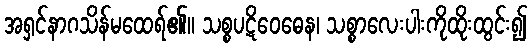
အရှင်နာဂသိန်မထေရ်၏။ သစ္စပဋိဝေဓေန၊ သစ္စာလေးပါးကိုထိုးထွင်း၍